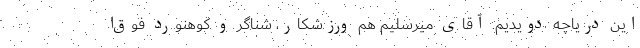
این دریاچه دویدیم. آقای میرسلیم هم ورزشکار، شناگر و کوهنورد فوق‌ا